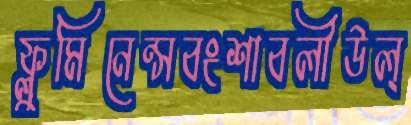
ফ্লুমিনেন্সবংশাবলীউল্